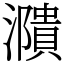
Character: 濻